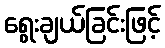
ရွေးချယ်ခြင်းဖြင့်